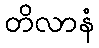
တိလာနံ